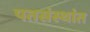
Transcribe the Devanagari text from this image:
पतसंस्थांत